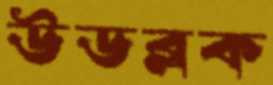
উডব্লক